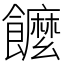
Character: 𩟠